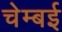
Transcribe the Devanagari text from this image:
चेम्बई